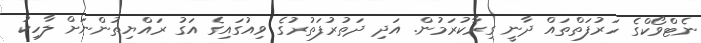
ނެޓްވޯކްގެ ހަރުފަތްތައް ދާނީ ގިރާކުރަމުން. އަދި ދަތުރުފަތުރުގެ ވިއުގައިގެ އަގު ރައްޔިތުންނަށް ލާހިކު